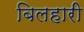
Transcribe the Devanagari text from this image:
बिलहारी